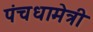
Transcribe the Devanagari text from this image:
पंचधामेत्री